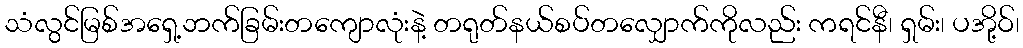
သံလွင်မြစ်အရှေ့ဘက်ခြမ်းတကျောလုံးနဲ့ တရုတ်နယ်စပ်တလျှောက်ကိုလည်း ကရင်နီ၊ ရှမ်း၊ ပအို့ဝ်၊